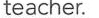
teacher.